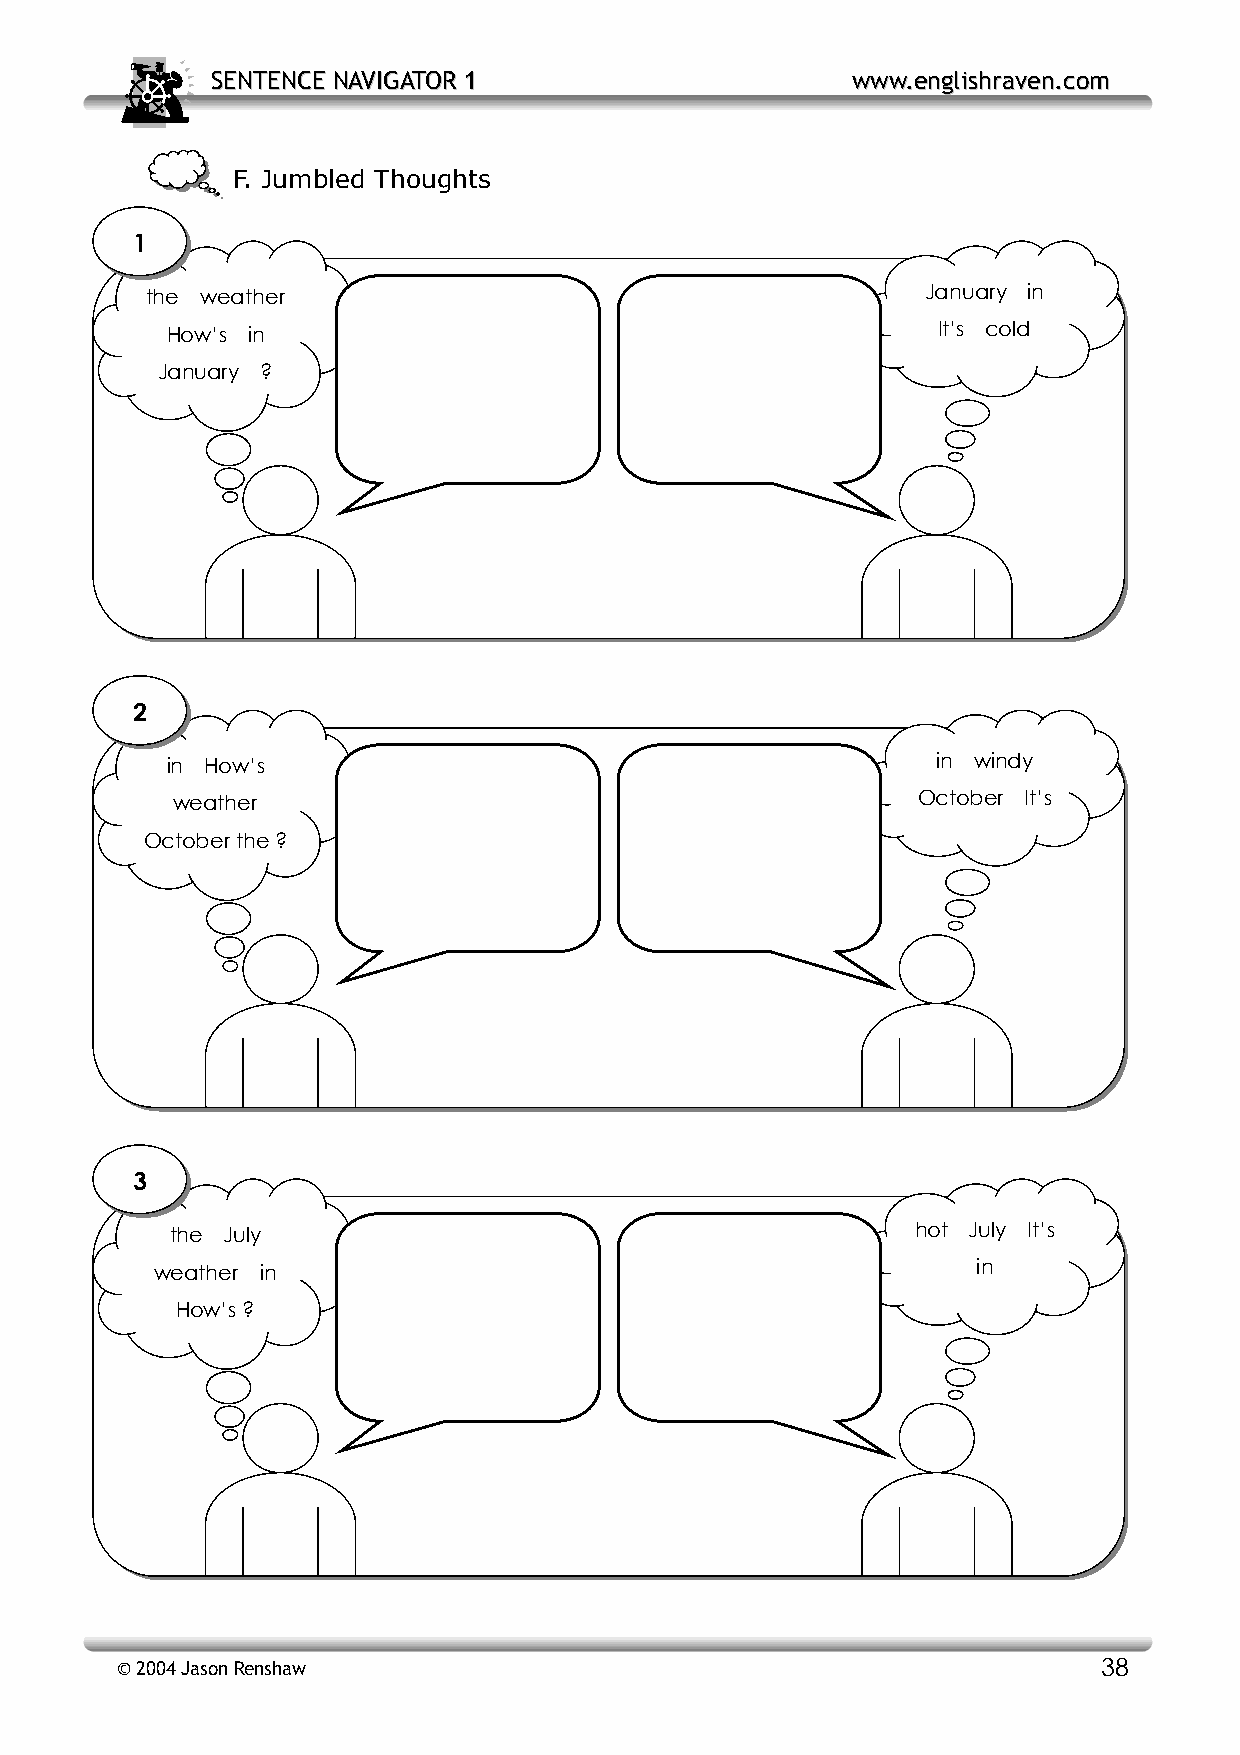
SSEENNTTEENNCCEE NNAAVVIIGGAATTOORR 11    wwwwww..eenngglliisshhrraavveenn..ccoomm
 F. Jumbled Thoughts
 1
 the weather                                        January in
 H ow’s in                                          It’s cold
 Ja nuary ?
 2
 in How’s                                           in windy
 weather                                           October It’s
 October the ?
 3
 th e July                                         hot July It’s
 we ather in                                            in
 H ow’s ?
 © 2004 Jason Renshaw                                             38